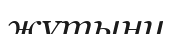
жұтыну